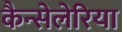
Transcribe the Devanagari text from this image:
कैन्सेलेरिया